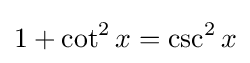
1+\cot ^{2}x=\csc ^{2}x